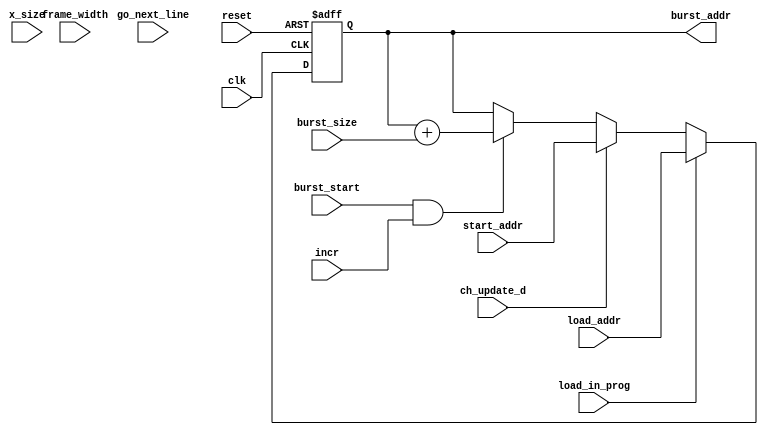
/////////////////////////////////////////////////////////////////////
////                                                             ////
////          eyal@provartec.com                                 ////
////                                                             ////
////  Downloaded from: http://www.opencores.org                  ////
/////////////////////////////////////////////////////////////////////
////                                                             ////
//// Copyright (C) 2010 Provartec LTD                            ////
//// www.provartec.com                                           ////
//// info@provartec.com                                          ////
////                                                             ////
//// This source file may be used and distributed without        ////
//// restriction provided that this copyright statement is not   ////
//// removed from the file and that any derivative work contains ////
//// the original copyright notice and the associated disclaimer.////
////                                                             ////
//// This source file is free software; you can redistribute it  ////
//// and/or modify it under the terms of the GNU Lesser General  ////
//// Public License as published by the Free Software Foundation.////
////                                                             ////
//// This source is distributed in the hope that it will be      ////
//// useful, but WITHOUT ANY WARRANTY; without even the implied  ////
//// warranty of MERCHANTABILITY or FITNESS FOR A PARTICULAR     ////
//// PURPOSE.  See the GNU Lesser General Public License for more////
//// details. http://www.gnu.org/licenses/lgpl.html              ////
////                                                             ////
/////////////////////////////////////////////////////////////////////
//---------------------------------------------------------
//-- File generated by RobustVerilog parser
//-- Version: 1.0
//-- Invoked Fri Mar 25 23:36:56 2011
//--
//-- Source file: dma_ch_calc_addr.v
//---------------------------------------------------------



module dma_axi64_core0_ch_calc_addr(clk,reset,ch_update_d,load_in_prog,load_addr,go_next_line,burst_start,incr,start_addr,frame_width,x_size,burst_size,burst_addr);
   

   input             clk;
   input             reset;
   
   input             ch_update_d;
   input             load_in_prog;
   input [32-1:0]    load_addr;
   
   input             go_next_line;
   input             burst_start;
   input             incr;
   input [32-1:0]    start_addr;
   input [12-1:0]  frame_width;
   input [8-1:0]         x_size;
   input [8-1:0]   burst_size;
   output [32-1:0]   burst_addr;
   
   
   reg [32-1:0]         burst_addr;
   
   wire             go_next_line_d;
   reg [12-1:0]    frame_width_diff_reg;
   wire [12-1:0]   frame_width_diff;
   

   
   assign             frame_width_diff = {12{1'b0}};
   assign             go_next_line_d   = 1'b0;
   
   
   always @(posedge clk or posedge reset)
     if (reset)
       burst_addr <= #1 {32{1'b0}};
     else if (load_in_prog)
       burst_addr <= #1 load_addr;
     else if (ch_update_d)
       burst_addr <= #1 start_addr;
     else if (burst_start & incr)
       burst_addr <= #1 burst_addr + burst_size;
     else if (go_next_line_d & incr)
       burst_addr <= #1 burst_addr + frame_width_diff;
   
   
endmodule